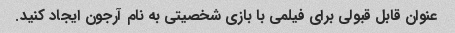
عنوان قابل قبولی برای فیلمی با بازی شخصیتی به نام آرجون ایجاد کنید.